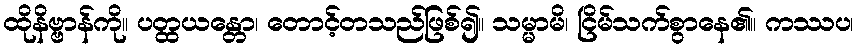
ထိုနိဗ္ဗာန်ကို။ ပတ္ထယန္တော၊ တောင့်တသည်ဖြစ်၍။ သမ္မာမိ၊ ငြိမ်သက်စွာနေ၏။ ကဿပ၊